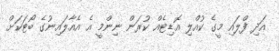
އަދި ފްލައި މީގެ ކުއްލި އޮޑިޓެއް ކުރަން ނިންމީ އެ އެއާލައިނުގެ ބޯޓަކަށް